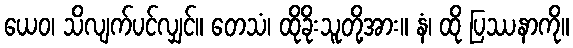
ယေဝ၊ သိလျက်ပင်လျှင်။ တေသံ၊ ထိုခိုးသူတို့အား။ နံ၊ ထို ပြဿနာကို။